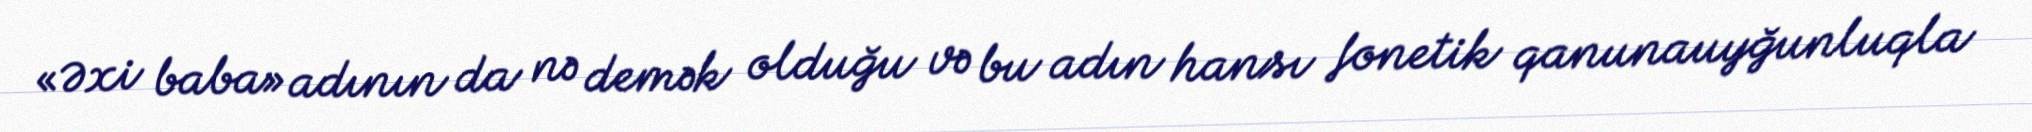
«Əxi baba» adının da nə demək olduğu və bu adın hansı fonetik qanunauyğunluqla